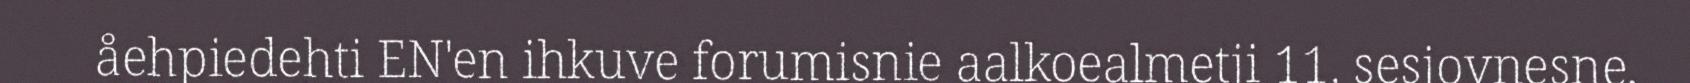
åehpiedehti EN'en ihkuve forumisnie aalkoealmetji 11. sesjovnesne,